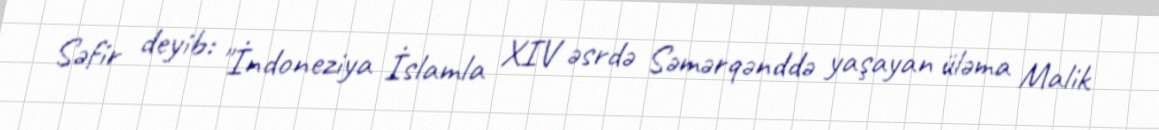
Səfir deyib: "İndoneziya İslamla XIV əsrdə Səmərqənddə yaşayan üləma Malik